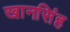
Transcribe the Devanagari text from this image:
खानसिंह